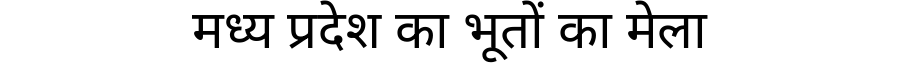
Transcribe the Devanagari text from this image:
मध्य प्रदेश का भूतों का मेला